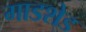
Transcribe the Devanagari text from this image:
गाडशेड